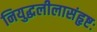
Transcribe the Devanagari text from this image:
नियुद्धलीलासंहृष्टः